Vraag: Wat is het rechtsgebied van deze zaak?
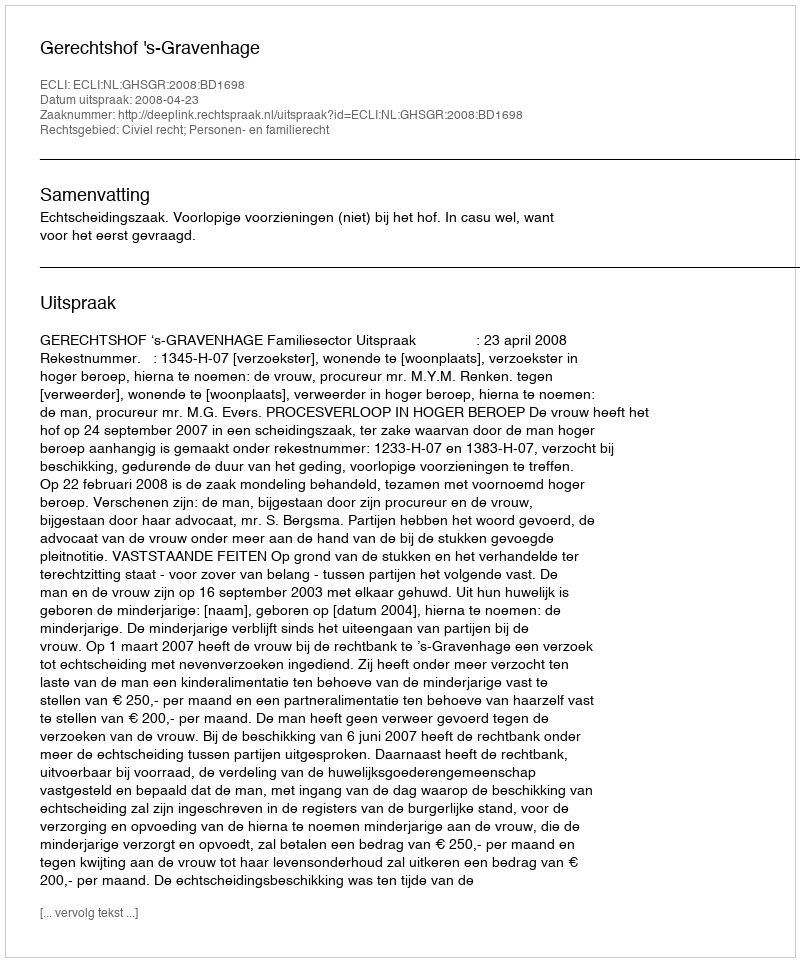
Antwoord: Civiel recht; Personen- en familierecht